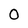
Character: O